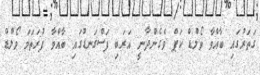
ގަތަރުގައި ބާއްވާ ވޯލްޑް ކަޕް ވެގެންދާނީ އަރަބި ފަސްގަނޑުގައި ބާއްވާ ފުރަތަމަ ވޯލްޑް